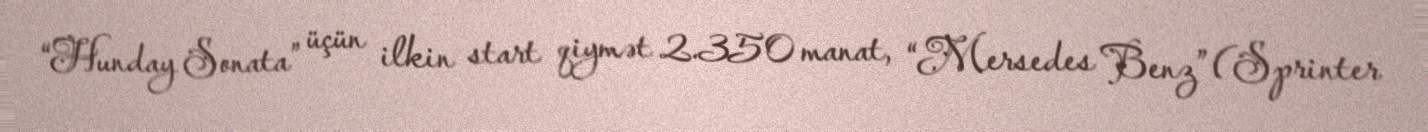
“Hunday Sonata” üçün ilkin start qiymət 2.350 manat, “Mersedes Benz” (Sprinter